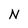
Character: N